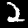
Digit: 2